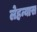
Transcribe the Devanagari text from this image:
लेहन्यास